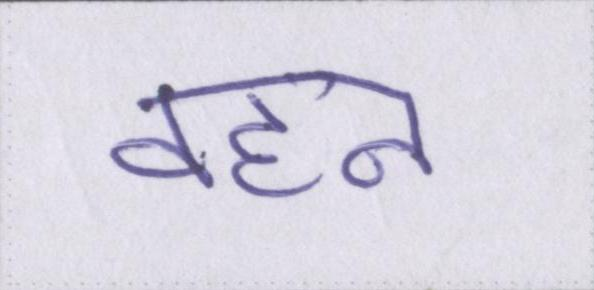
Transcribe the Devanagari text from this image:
वहन